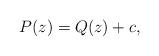
LaTeX: \begin{align*}P(z)=Q(z)+c,\end{align*}